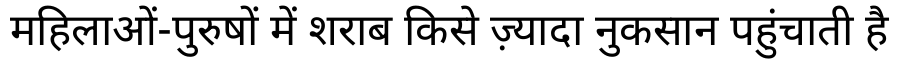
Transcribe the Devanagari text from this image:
महिलाओं-पुरुषों में शराब किसे ज़्यादा नुकसान पहुंचाती है